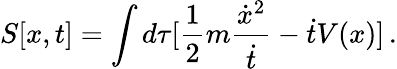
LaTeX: S[x,t]=\int d\tau[\frac{1}{2}m\frac{\dot{x}^{2}}{\dot{t}}-\dot{t}V(x)]\, .